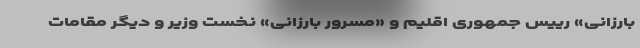
بارزانی» رییس جمهوری اقلیم و «مسرور بارزانی» نخست وزیر و دیگر مقامات